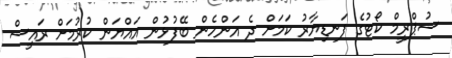
ސުޕްރީމް ކޯޓުގެ ފަނޑިޔާރު ކަމަށް ދެ އަންހެން ބޭފުޅުން އައްޔަން ކުރުމަށް ރައީސް